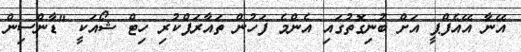
އޭނާ އޭއެފްޕީ އަށް ބުނިގޮތުގައި އެންމެ ފަހުން ތައާރަފްކުރި ހިޓް ޝޯއަކީ "ޑާންސިން